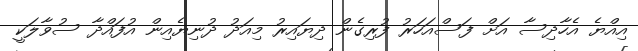
އިއްޔެ އެހާދިސާ އަށް ފަސްއަހަރު ފުރިގެން ދިޔައިރު މިއަދު ދުނިޔެއިން އުފައްދާ ސުވާލަކީ